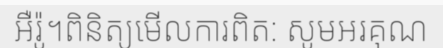
អឺរ៉ូ។ពិនិត្យមើលការពិត: សូមអរគុណ